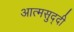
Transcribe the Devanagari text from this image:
आत्मसुद्दी